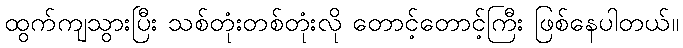
ထွက်ကျသွားပြီး သစ်တုံးတစ်တုံးလို တောင့်တောင့်ကြီး ဖြစ်နေပါတယ်။